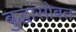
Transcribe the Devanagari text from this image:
बुद्धांसोबत